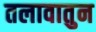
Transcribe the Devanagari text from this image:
तलावातुन